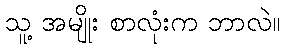
သူ့ အမျိုး စာလုံးက ဘာလဲ။